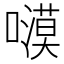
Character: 𭋫